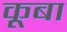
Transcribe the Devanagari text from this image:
कूबा